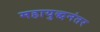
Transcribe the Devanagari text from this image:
महायुद्धनंतर